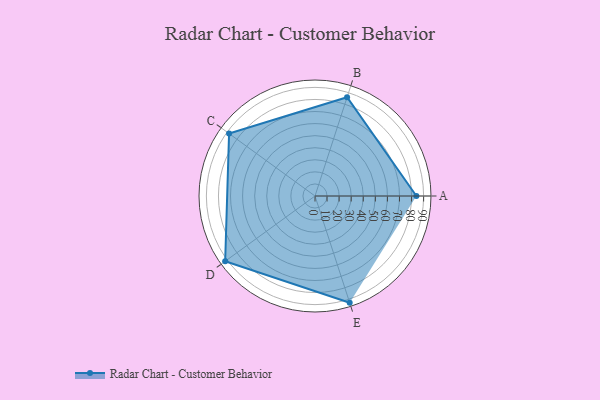
{"axis": {"x": "Skill", "y": "Score"}, "legend": ["Profile"], "data": [{"x": "A", "y": 84.0, "type": "Profile"}, {"x": "B", "y": 86.0, "type": "Profile"}, {"x": "C", "y": 88.0, "type": "Profile"}, {"x": "D", "y": 92.0, "type": "Profile"}, {"x": "E", "y": 93.0, "type": "Profile"}]}